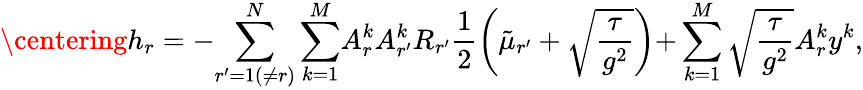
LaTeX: \centering h_{r}=-{\sum_{r^{\prime}=1(\neq r)}^{N}\sum_{k=1}^{M}}A_{r}^{k}A_{r^{\prime}}^{k}R_{r^{\prime}}\frac{1}{2}\left(\tilde{\mu}_{r^{\prime}}+\sqrt{\frac{\tau}{g^{2}}}\right){+}\sum_{k=1}^{M}\sqrt{\frac{\tau}{g^{2}}}{A_{r}^{k}y^{k}},